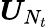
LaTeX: \boldsymbol{U}_{N_{t}}